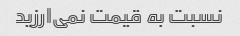
نسبت به قیمت نمی‌ارزید